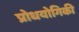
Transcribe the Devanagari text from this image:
प्रोधयोगिकी